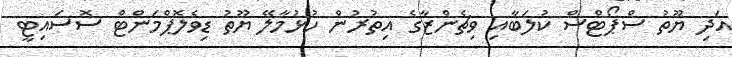
އަދި ޔޫތު ސްޕޯޓްސް ކުލަބާއި ވިޗެންޒާގެ އިތުރުން ހުޅުމާލޭ ޔޫތު ޑިވެލޮޕްމަންޓް ސޮސައިޓީ